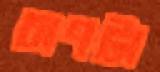
চাপটা